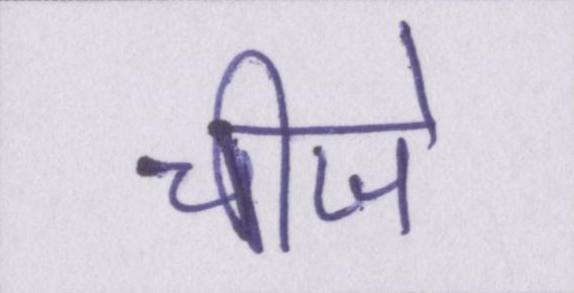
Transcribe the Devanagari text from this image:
चीजे